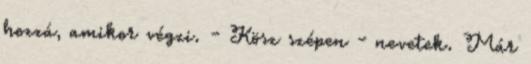
hozzá, amikor végzi. - Kösz szépen - nevetek. Már